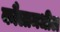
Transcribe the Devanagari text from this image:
कौलामधील